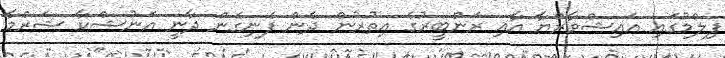
ފިލްމުގައި އައިޝްވާރްޔާ އާއި ރަންބީރުގެ އިތުރުން ދެން ފެނިގެން ދާނީ އަނުޝްކާ ޝަރްމާ